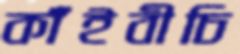
কাঁইবীচি